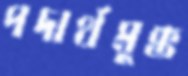
পদার্থমুক্ত